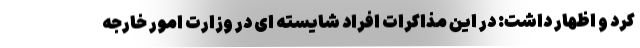
کرد و اظهار داشت: در این مذاکرات افراد شایسته ای در وزارت امور خارجه